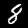
Label: 8